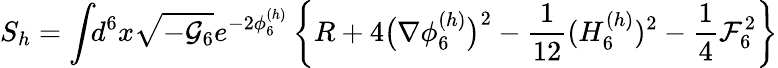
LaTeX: S_{h}=\int\! \! d^{6}x\sqrt{-{\cal G}_{6}}e^{-2\phi_{6}^{(h)}}\left\{ R+4\big(\nabla\phi_{6}^{(h)}\big)^{2}-{\frac{1}{12}}(H_{6}^{(h)})^{2}-{\frac{1}{4}}{\cal F}_{6}^{2}\right\}